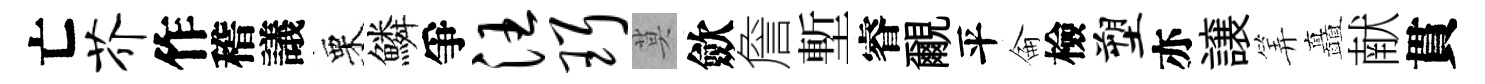
亡芥作稽議栗鱗爭汪珥莫歛詹塹睿覼平侖檢塑亦譲筭矗献貫